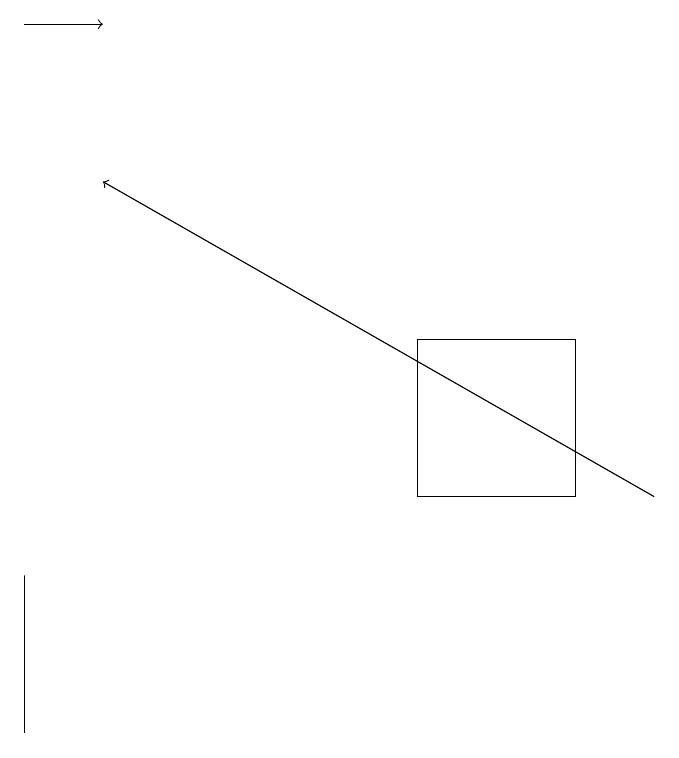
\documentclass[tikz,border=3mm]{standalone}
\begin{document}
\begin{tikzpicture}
\draw (5,13) rectangle (7,15);
\draw[->] (0,19) -- (1,19);
\draw (0,12) rectangle (0,10);
\draw[->] (8,13) -- (1,17);
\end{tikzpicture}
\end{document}